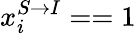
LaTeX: x_{i}^{S\rightarrow I}==1